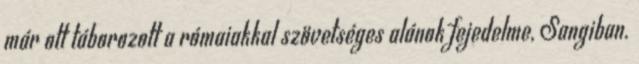
már ott táborozott a rómaiakkal szövetséges alánok fejedelme, Sangiban.